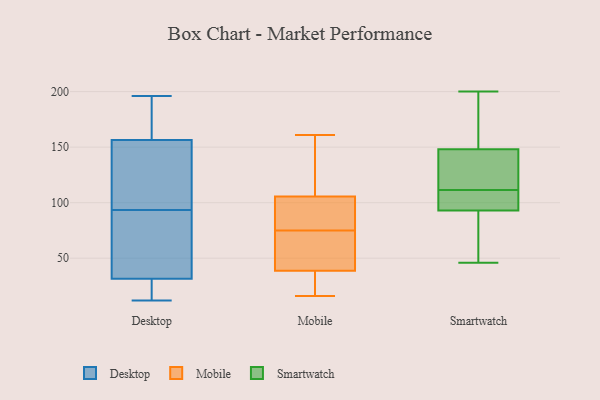
{"axis": {"x": "LTV (USD)", "y": "Value"}, "legend": ["Desktop", "Mobile", "Smartwatch"], "data": [{"x": "", "y": 119, "type": "Desktop"}, {"x": "", "y": 148, "type": "Desktop"}, {"x": "", "y": 68, "type": "Desktop"}, {"x": "", "y": 12, "type": "Desktop"}, {"x": "", "y": 158, "type": "Desktop"}, {"x": "", "y": 155, "type": "Desktop"}, {"x": "", "y": 13, "type": "Desktop"}, {"x": "", "y": 25, "type": "Desktop"}, {"x": "", "y": 196, "type": "Desktop"}, {"x": "", "y": 49, "type": "Desktop"}, {"x": "", "y": 175, "type": "Desktop"}, {"x": "", "y": 38, "type": "Desktop"}, {"x": "", "y": 147, "type": "Mobile"}, {"x": "", "y": 92, "type": "Mobile"}, {"x": "", "y": 134, "type": "Mobile"}, {"x": "", "y": 29, "type": "Mobile"}, {"x": "", "y": 75, "type": "Mobile"}, {"x": "", "y": 96, "type": "Mobile"}, {"x": "", "y": 161, "type": "Mobile"}, {"x": "", "y": 62, "type": "Mobile"}, {"x": "", "y": 27, "type": "Mobile"}, {"x": "", "y": 16, "type": "Mobile"}, {"x": "", "y": 42, "type": "Mobile"}, {"x": "", "y": 71, "type": "Mobile"}, {"x": "", "y": 87, "type": "Mobile"}, {"x": "", "y": 93, "type": "Smartwatch"}, {"x": "", "y": 200, "type": "Smartwatch"}, {"x": "", "y": 105, "type": "Smartwatch"}, {"x": "", "y": 148, "type": "Smartwatch"}, {"x": "", "y": 74, "type": "Smartwatch"}, {"x": "", "y": 134, "type": "Smartwatch"}, {"x": "", "y": 102, "type": "Smartwatch"}, {"x": "", "y": 46, "type": "Smartwatch"}, {"x": "", "y": 118, "type": "Smartwatch"}, {"x": "", "y": 152, "type": "Smartwatch"}]}